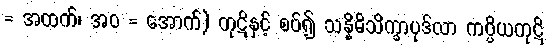
= အထက်၊ အဝ = အောက်) ကုဋိနှင့် စပ်၍ သန္နိဓိသိက္ခာပုဒ်လာ ကပ္ပိယကုဋိ